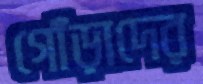
গোঁড়াদের